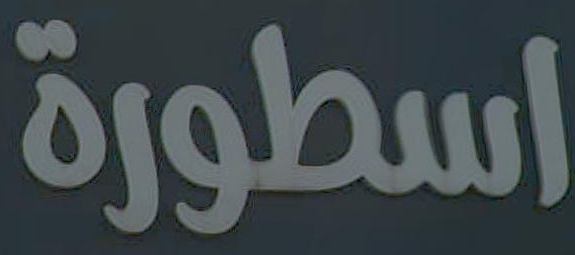
اسطورة